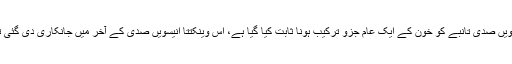
اٹھارویں صدی تانبے کو خون کے ایک عام جزو ترکیب ہونا ثابت کیا گیا ہے، اس وینکتتا انیسویں صدی کے آخر میں جانکاری دی گئی تھی ۔